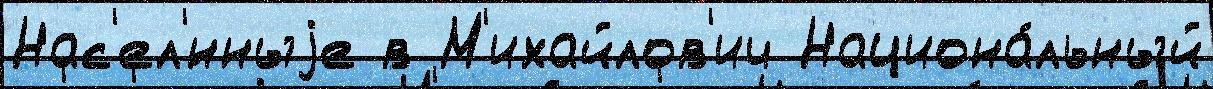
Нас'ел'́нныjе в М'ихайлов'ич Национа́льный